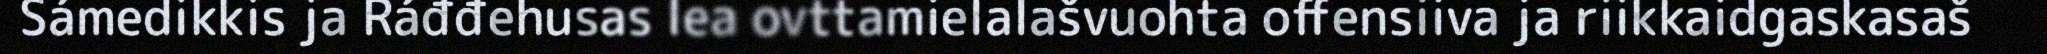
Sámedikkis ja Ráđđehusas lea ovttamielalašvuohta offensiiva ja riikkaidgaskasaš